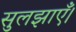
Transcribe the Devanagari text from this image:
सुलझाएँ।